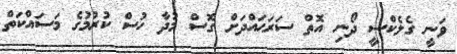
ވަނީ ގެލެކްސީ ދޯނި އޮތް ސަރަޙައްދަށް ގޮސް މުދާ ހުސް ކުރުމުގެ މަސައްކަތް